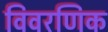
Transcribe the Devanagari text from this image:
विवरणिक